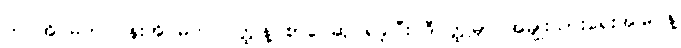
ဘဝအိပ်မက် ပန်းအိပ်မက် ဝတ္ထုနဲ့ စာပေဆု ရခဲ့ပြီး ဒီဝတ္ထုမှာ အမျိုးသားရေးအမြင်နဲ့